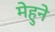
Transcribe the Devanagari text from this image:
मेहुने